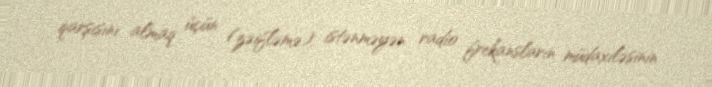
qarşısını almaq üçün (zəifləmə), istənməyən radio frekansların müdaxiləsinin